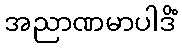
အညာဏမာပါဒိံ